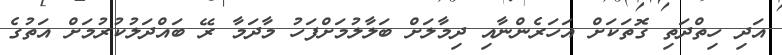
އަދި ހިތްދަތި ގޮތަކަށް އަހަރެންނާއި ދިމާލަށް ބަލާލުމަށްފަހު މާދަމާ ރޭ ބައްދަލުކުރުމަށް އަތުގެ